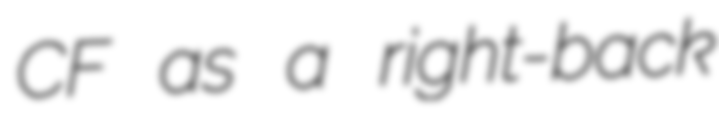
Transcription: CF as a right-back